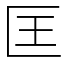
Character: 匡